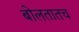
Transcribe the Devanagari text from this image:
बोलतातच